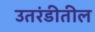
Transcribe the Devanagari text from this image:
उतरंडीतील